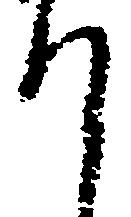
て